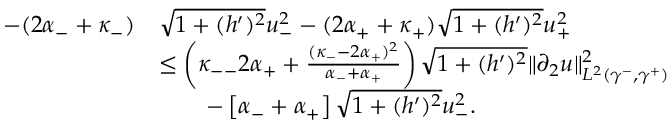
\begin{array} { r l } { - ( 2 \alpha _ { - } + \kappa _ { - } ) } & { \sqrt { 1 + ( h ^ { \prime } ) ^ { 2 } } u _ { - } ^ { 2 } - ( 2 \alpha _ { + } + \kappa _ { + } ) \sqrt { 1 + ( h ^ { \prime } ) ^ { 2 } } u _ { + } ^ { 2 } } \\ & { \leq \left( \kappa _ { -- } 2 \alpha _ { + } + \frac { ( \kappa _ { - } - 2 \alpha _ { + } ) ^ { 2 } } { \alpha _ { - } + \alpha _ { + } } \right) \sqrt { 1 + ( h ^ { \prime } ) ^ { 2 } } \| \partial _ { 2 } u \| _ { L ^ { 2 } ( \gamma ^ { - } , \gamma ^ { + } ) } ^ { 2 } } \\ & { \qquad - \left[ \alpha _ { - } + \alpha _ { + } \right] \sqrt { 1 + ( h ^ { \prime } ) ^ { 2 } } u _ { - } ^ { 2 } . } \end{array}